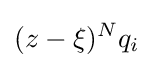
(z-\xi )^{N}q_{i}